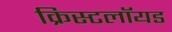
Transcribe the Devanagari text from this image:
क्रिस्टलॉयड